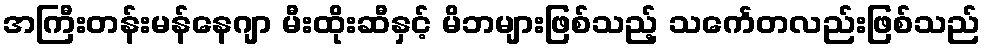
အကြီးတန်းမန်နေဂျာ မီးထိုးဆီနှင့် မိဘများဖြစ်သည့် သင်္ကေတလည်းဖြစ်သည်